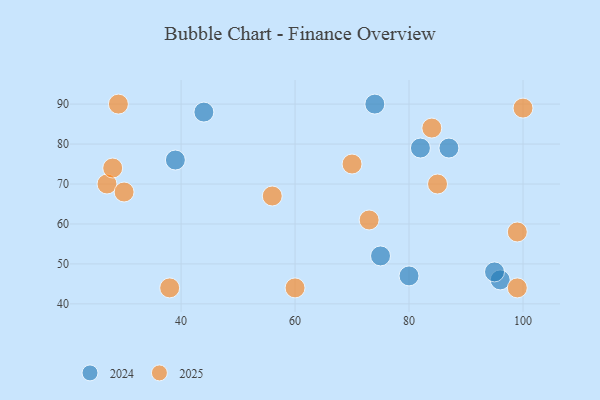
{"axis": {"x": "GDP", "y": "Life Expectancy"}, "legend": ["2024", "2025"], "data": [{"x": "39", "y": 76, "type": "2024"}, {"x": "75", "y": 52, "type": "2024"}, {"x": "87", "y": 79, "type": "2024"}, {"x": "44", "y": 88, "type": "2024"}, {"x": "74", "y": 90, "type": "2024"}, {"x": "80", "y": 47, "type": "2024"}, {"x": "96", "y": 46, "type": "2024"}, {"x": "95", "y": 48, "type": "2024"}, {"x": "82", "y": 79, "type": "2024"}, {"x": "27", "y": 70, "type": "2025"}, {"x": "60", "y": 44, "type": "2025"}, {"x": "84", "y": 84, "type": "2025"}, {"x": "85", "y": 70, "type": "2025"}, {"x": "29", "y": 90, "type": "2025"}, {"x": "70", "y": 75, "type": "2025"}, {"x": "73", "y": 61, "type": "2025"}, {"x": "100", "y": 89, "type": "2025"}, {"x": "38", "y": 44, "type": "2025"}, {"x": "28", "y": 74, "type": "2025"}, {"x": "99", "y": 58, "type": "2025"}, {"x": "56", "y": 67, "type": "2025"}, {"x": "99", "y": 44, "type": "2025"}, {"x": "30", "y": 68, "type": "2025"}]}